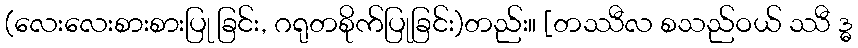
(လေးလေးစားစားပြု ခြင်း, ဂရုတစိုက်ပြုခြင်း)တည်း။ [တဿီလ စသည်ဝယ် ဿီ ဒ္ဓ